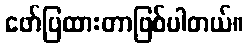
ဖော်ပြထားတာဖြစ်ပါတယ်။